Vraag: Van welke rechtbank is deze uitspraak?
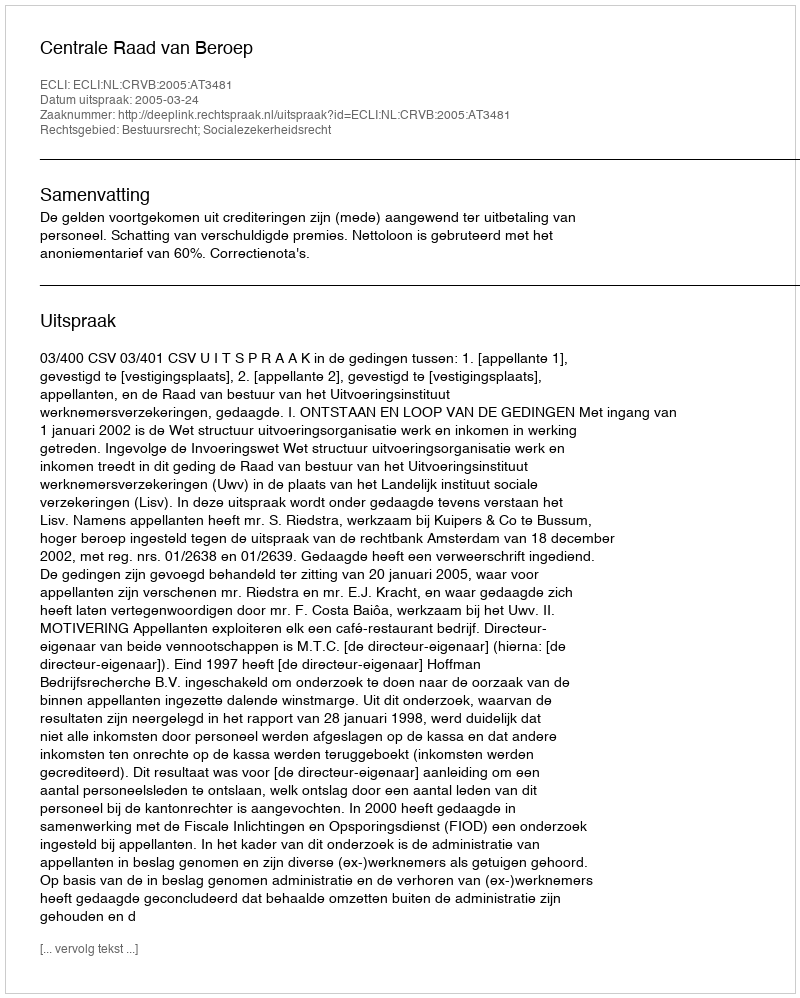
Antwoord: Centrale Raad van Beroep